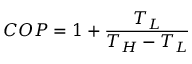
\ C O P = 1 + { \frac { T _ { L } } { T _ { H } - T _ { L } } }